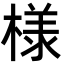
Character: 様